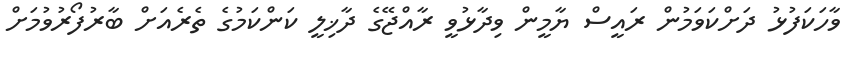
ވާހަކަފުޅު ދަށްކަވަމުން ރައީސް ޔާމީން ވިދާޅުވީ ރާއްޖޭގެ ދާޚިލީ ކަންކަމުގެ ތެރެއަށް ބާރުފޯރުވުމަށް